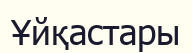
Ұйқастары